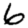
Digit: 6